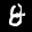
Label: 8